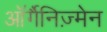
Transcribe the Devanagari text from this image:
ऑर्गैनिज़्मेन